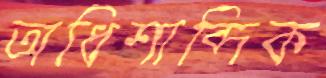
অধিশাব্দিক